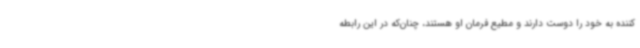
کننده به خود را دوست دارند و مطیع فرمان او هستند، چنان‌که در این رابطه